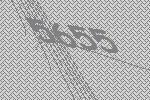
5655